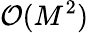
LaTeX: \mathcal{O}(M^{2})